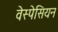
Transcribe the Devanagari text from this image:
वेस्पेसियन